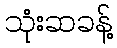
သုံးဆခန့်